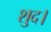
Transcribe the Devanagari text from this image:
शुद।